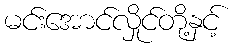
မင်းအောင်လှိုင်တို့နှင့်